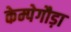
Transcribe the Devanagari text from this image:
केम्पेगौड़ा